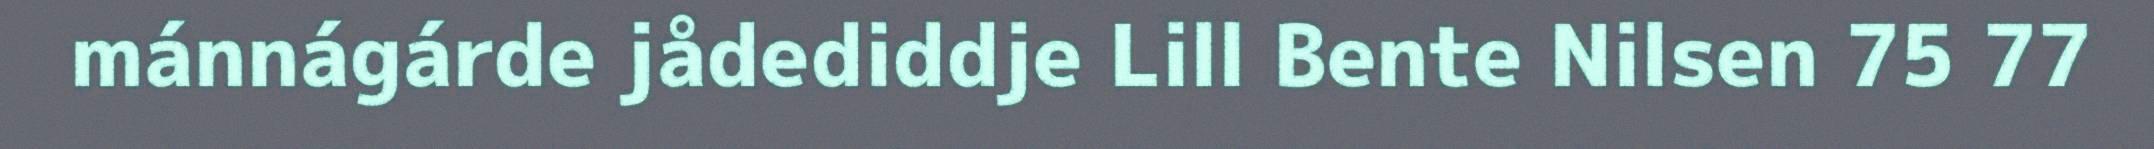
mánnágárde jådediddje Lill Bente Nilsen 75 77